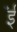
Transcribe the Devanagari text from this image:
ईँ